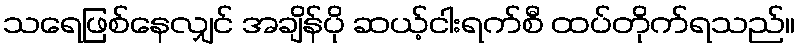
သရေဖြစ်နေလျှင် အချိန်ပို ဆယ့်ငါးရက်စီ ထပ်တိုက်ရသည်။